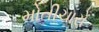
મોતીચારો